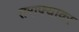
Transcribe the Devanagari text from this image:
तराफ्यावर